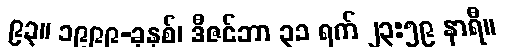
၉၃။ ၁၉၉၉-ခုနှစ်၊ ဒီဇင်ဘာ ၃၁ ရက် ၂၃:၅၉ နာရီ။